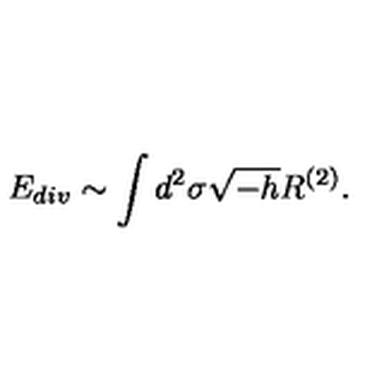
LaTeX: E _ { d i v } \sim \int d ^ { 2 } \sigma \sqrt { - h } R ^ { ( 2 ) } .